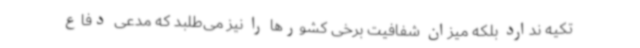
تکیه ندارد بلکه میزان شفافیت برخی کشورها را نیز می‌طلبد که مدعی دفاع